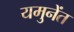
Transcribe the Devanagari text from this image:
यमुनेंत